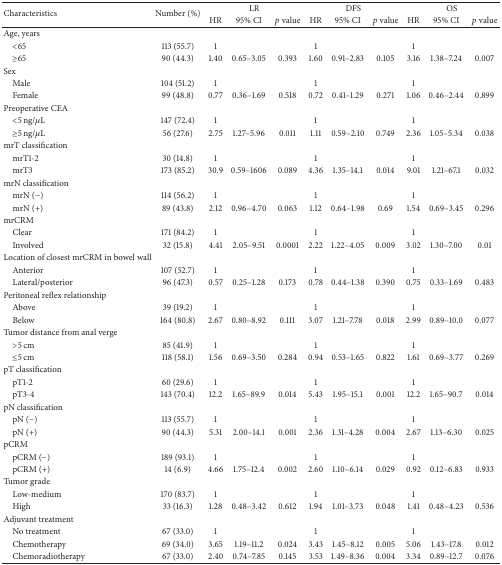
<table><thead><tr><td rowspan="2"><b>Characteristics</b></td><td rowspan="2"><b>Number (%)</b></td><td colspan="3"><b>LR</b></td><td colspan="3"><b>DFS</b></td><td colspan="3"><b>OS</b></td></tr><tr><td><b>HR</b></td><td><b>95% CI</b></td><td><b><i>p</i> value</b></td><td><b>HR</b></td><td><b>95% CI</b></td><td><b><i>p</i> value</b></td><td><b>HR</b></td><td><b>95% CI</b></td><td><b><i>p</i> value</b></td></tr></thead><tbody><tr><td>Age, years</td><td> </td><td> </td><td> </td><td> </td><td> </td><td> </td><td> </td><td> </td><td> </td><td> </td></tr><tr><td> &lt;65</td><td>113 (55.7)</td><td>1</td><td> </td><td> </td><td>1</td><td> </td><td> </td><td>1</td><td> </td><td> </td></tr><tr><td> ≥65</td><td>90 (44.3)</td><td>1.40</td><td>0.65–3.05</td><td>0.393</td><td>1.60</td><td>0.91–2.83</td><td>0.105</td><td>3.16</td><td>1.38–7.24</td><td>0.007</td></tr><tr><td>Sex</td><td> </td><td> </td><td> </td><td> </td><td> </td><td> </td><td> </td><td> </td><td> </td><td> </td></tr><tr><td> Male</td><td>104 (51.2)</td><td>1</td><td> </td><td> </td><td>1</td><td> </td><td> </td><td>1</td><td> </td><td> </td></tr><tr><td> Female</td><td>99 (48.8)</td><td>0.77</td><td>0.36–1.69</td><td>0.518</td><td>0.72</td><td>0.41–1.29</td><td>0.271</td><td>1.06</td><td>0.46–2.44</td><td>0.899</td></tr><tr><td>Preoperative CEA</td><td> </td><td> </td><td> </td><td> </td><td> </td><td> </td><td> </td><td> </td><td> </td><td> </td></tr><tr><td> &lt;5 ng/<i>μ</i>L</td><td>147 (72.4)</td><td>1</td><td> </td><td> </td><td>1</td><td> </td><td> </td><td>1</td><td> </td><td> </td></tr><tr><td> ≥5 ng/<i>μ</i>L</td><td>56 (27.6)</td><td>2.75</td><td>1.27–5.96</td><td>0.011</td><td>1.11</td><td>0.59–2.10</td><td>0.749</td><td>2.36</td><td>1.05–5.34</td><td>0.038</td></tr><tr><td>mrT classification</td><td> </td><td> </td><td> </td><td> </td><td> </td><td> </td><td> </td><td> </td><td> </td><td> </td></tr><tr><td> mrT1-2</td><td>30 (14.8)</td><td>1</td><td> </td><td> </td><td>1</td><td> </td><td> </td><td>1</td><td> </td><td> </td></tr><tr><td> mrT3</td><td>173 (85.2)</td><td>30.9</td><td>0.59–1606</td><td>0.089</td><td>4.36</td><td>1.35–14.1</td><td>0.014</td><td>9.01</td><td>1.21–67.1</td><td>0.032</td></tr><tr><td>mrN classification</td><td> </td><td> </td><td> </td><td> </td><td> </td><td> </td><td> </td><td> </td><td> </td><td> </td></tr><tr><td> mrN (−)</td><td>114 (56.2)</td><td>1</td><td> </td><td> </td><td>1</td><td> </td><td> </td><td>1</td><td> </td><td> </td></tr><tr><td> mrN (+)</td><td>89 (43.8)</td><td>2.12</td><td>0.96–4.70</td><td>0.063</td><td>1.12</td><td>0.64–1.98</td><td>0.69</td><td>1.54</td><td>0.69–3.45</td><td>0.296</td></tr><tr><td>mrCRM</td><td> </td><td> </td><td> </td><td> </td><td> </td><td> </td><td> </td><td> </td><td> </td><td> </td></tr><tr><td> Clear</td><td>171 (84.2)</td><td>1</td><td> </td><td> </td><td>1</td><td> </td><td> </td><td>1</td><td> </td><td> </td></tr><tr><td> Involved</td><td>32 (15.8)</td><td>4.41</td><td>2.05–9.51</td><td>0.0001</td><td>2.22</td><td>1.22–4.05</td><td>0.009</td><td>3.02</td><td>1.30–7.00</td><td>0.01</td></tr><tr><td>Location of closest mrCRM in bowel wall</td><td> </td><td> </td><td> </td><td> </td><td> </td><td> </td><td> </td><td> </td><td> </td><td> </td></tr><tr><td> Anterior</td><td>107 (52.7)</td><td>1</td><td> </td><td> </td><td>1</td><td> </td><td> </td><td>1</td><td> </td><td> </td></tr><tr><td> Lateral/posterior</td><td>96 (47.3)</td><td>0.57</td><td>0.25–1.28</td><td>0.173</td><td>0.78</td><td>0.44–1.38</td><td>0.390</td><td>0.75</td><td>0.33–1.69</td><td>0.483</td></tr><tr><td>Peritoneal reflex relationship</td><td> </td><td> </td><td> </td><td> </td><td> </td><td> </td><td> </td><td> </td><td> </td><td> </td></tr><tr><td> Above</td><td>39 (19.2)</td><td>1</td><td> </td><td> </td><td>1</td><td> </td><td> </td><td>1</td><td> </td><td> </td></tr><tr><td> Below</td><td>164 (80.8)</td><td>2.67</td><td>0.80–8.92</td><td>0.111</td><td>3.07</td><td>1.21–7.78</td><td>0.018</td><td>2.99</td><td>0.89–10.0</td><td>0.077</td></tr><tr><td>Tumor distance from anal verge</td><td> </td><td> </td><td> </td><td> </td><td> </td><td> </td><td> </td><td> </td><td> </td><td> </td></tr><tr><td> &gt;5 cm</td><td>85 (41.9)</td><td>1</td><td> </td><td> </td><td>1</td><td> </td><td> </td><td>1</td><td> </td><td> </td></tr><tr><td> ≤5 cm</td><td>118 (58.1)</td><td>1.56</td><td>0.69–3.50</td><td>0.284</td><td>0.94</td><td>0.53–1.65</td><td>0.822</td><td>1.61</td><td>0.69–3.77</td><td>0.269</td></tr><tr><td>pT classification</td><td> </td><td> </td><td> </td><td> </td><td> </td><td> </td><td> </td><td> </td><td> </td><td> </td></tr><tr><td> pT1-2</td><td>60 (29.6)</td><td>1</td><td> </td><td> </td><td>1</td><td> </td><td> </td><td>1</td><td> </td><td> </td></tr><tr><td> pT3-4</td><td>143 (70.4)</td><td>12.2</td><td>1.65–89.9</td><td>0.014</td><td>5.43</td><td>1.95–15.1</td><td>0.001</td><td>12.2</td><td>1.65–90.7</td><td>0.014</td></tr><tr><td>pN classification</td><td> </td><td> </td><td> </td><td> </td><td> </td><td> </td><td> </td><td> </td><td> </td><td> </td></tr><tr><td> pN (−)</td><td>113 (55.7)</td><td>1</td><td> </td><td> </td><td>1</td><td> </td><td> </td><td>1</td><td> </td><td> </td></tr><tr><td> pN (+)</td><td>90 (44.3)</td><td>5.31</td><td>2.00–14.1</td><td>0.001</td><td>2.36</td><td>1.31–4.28</td><td>0.004</td><td>2.67</td><td>1.13–6.30</td><td>0.025</td></tr><tr><td>pCRM</td><td> </td><td> </td><td> </td><td> </td><td> </td><td> </td><td> </td><td> </td><td> </td><td> </td></tr><tr><td> pCRM (−)</td><td>189 (93.1)</td><td>1</td><td> </td><td> </td><td>1</td><td> </td><td> </td><td>1</td><td> </td><td> </td></tr><tr><td> pCRM (+)</td><td>14 (6.9)</td><td>4.66</td><td>1.75–12.4</td><td>0.002</td><td>2.60</td><td>1.10–6.14</td><td>0.029</td><td>0.92</td><td>0.12–6.83</td><td>0.933</td></tr><tr><td>Tumor grade</td><td> </td><td> </td><td> </td><td> </td><td> </td><td> </td><td> </td><td> </td><td> </td><td> </td></tr><tr><td> Low-medium</td><td>170 (83.7)</td><td>1</td><td> </td><td> </td><td>1</td><td> </td><td> </td><td>1</td><td> </td><td> </td></tr><tr><td> High</td><td>33 (16.3)</td><td>1.28</td><td>0.48–3.42</td><td>0.612</td><td>1.94</td><td>1.01–3.73</td><td>0.048</td><td>1.41</td><td>0.48–4.23</td><td>0.536</td></tr><tr><td>Adjuvant treatment</td><td> </td><td> </td><td> </td><td> </td><td> </td><td> </td><td> </td><td> </td><td> </td><td> </td></tr><tr><td> No treatment</td><td>67 (33.0)</td><td>1</td><td> </td><td> </td><td>1</td><td> </td><td> </td><td>1</td><td> </td><td> </td></tr><tr><td> Chemotherapy</td><td>69 (34.0)</td><td>3.65</td><td>1.19–11.2</td><td>0.024</td><td>3.43</td><td>1.45–8.12</td><td>0.005</td><td>5.06</td><td>1.43–17.8</td><td>0.012</td></tr><tr><td> Chemoradiotherapy</td><td>67 (33.0)</td><td>2.40</td><td>0.74–7.85</td><td>0.145</td><td>3.53</td><td>1.49–8.36</td><td>0.004</td><td>3.34</td><td>0.89–12.7</td><td>0.076</td></tr></tbody></table>